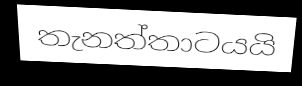
තැනත්තාටයයි